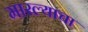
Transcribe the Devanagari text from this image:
मारल्याचा